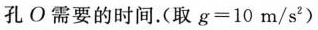
孔О需要的时间.(取$$g = 1 0 m / s^{2}$$)